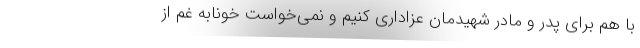
با هم برای پدر و مادر شهیدمان عزاداری کنیم و نمی‌خواست خونابه غم از